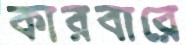
কারবারে